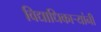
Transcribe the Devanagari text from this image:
विद्याधिकार्‍यांनी